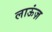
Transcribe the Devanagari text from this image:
लाऊंज़